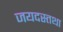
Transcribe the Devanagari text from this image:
जयदस्तथा